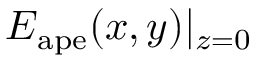
\boldsymbol { E } _ { \mathrm { a p e } } ( x , y ) | _ { z = 0 }